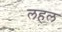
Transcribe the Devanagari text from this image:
लहल